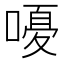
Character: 𫫫